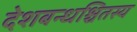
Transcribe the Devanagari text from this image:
देशबन्धश्चितस्य